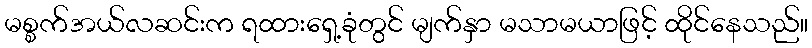
မစ္စက်အယ်လဆင်းက ရထားရှေ့ခုံတွင် မျက်နှာ မသာမယာဖြင့် ထိုင်နေသည်။